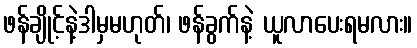
ဖန်ချိုင့်နဲ့ဒါမှမဟုတ်၊ ဖန်ခွက်နဲ့ ယူလာပေးရမလား။